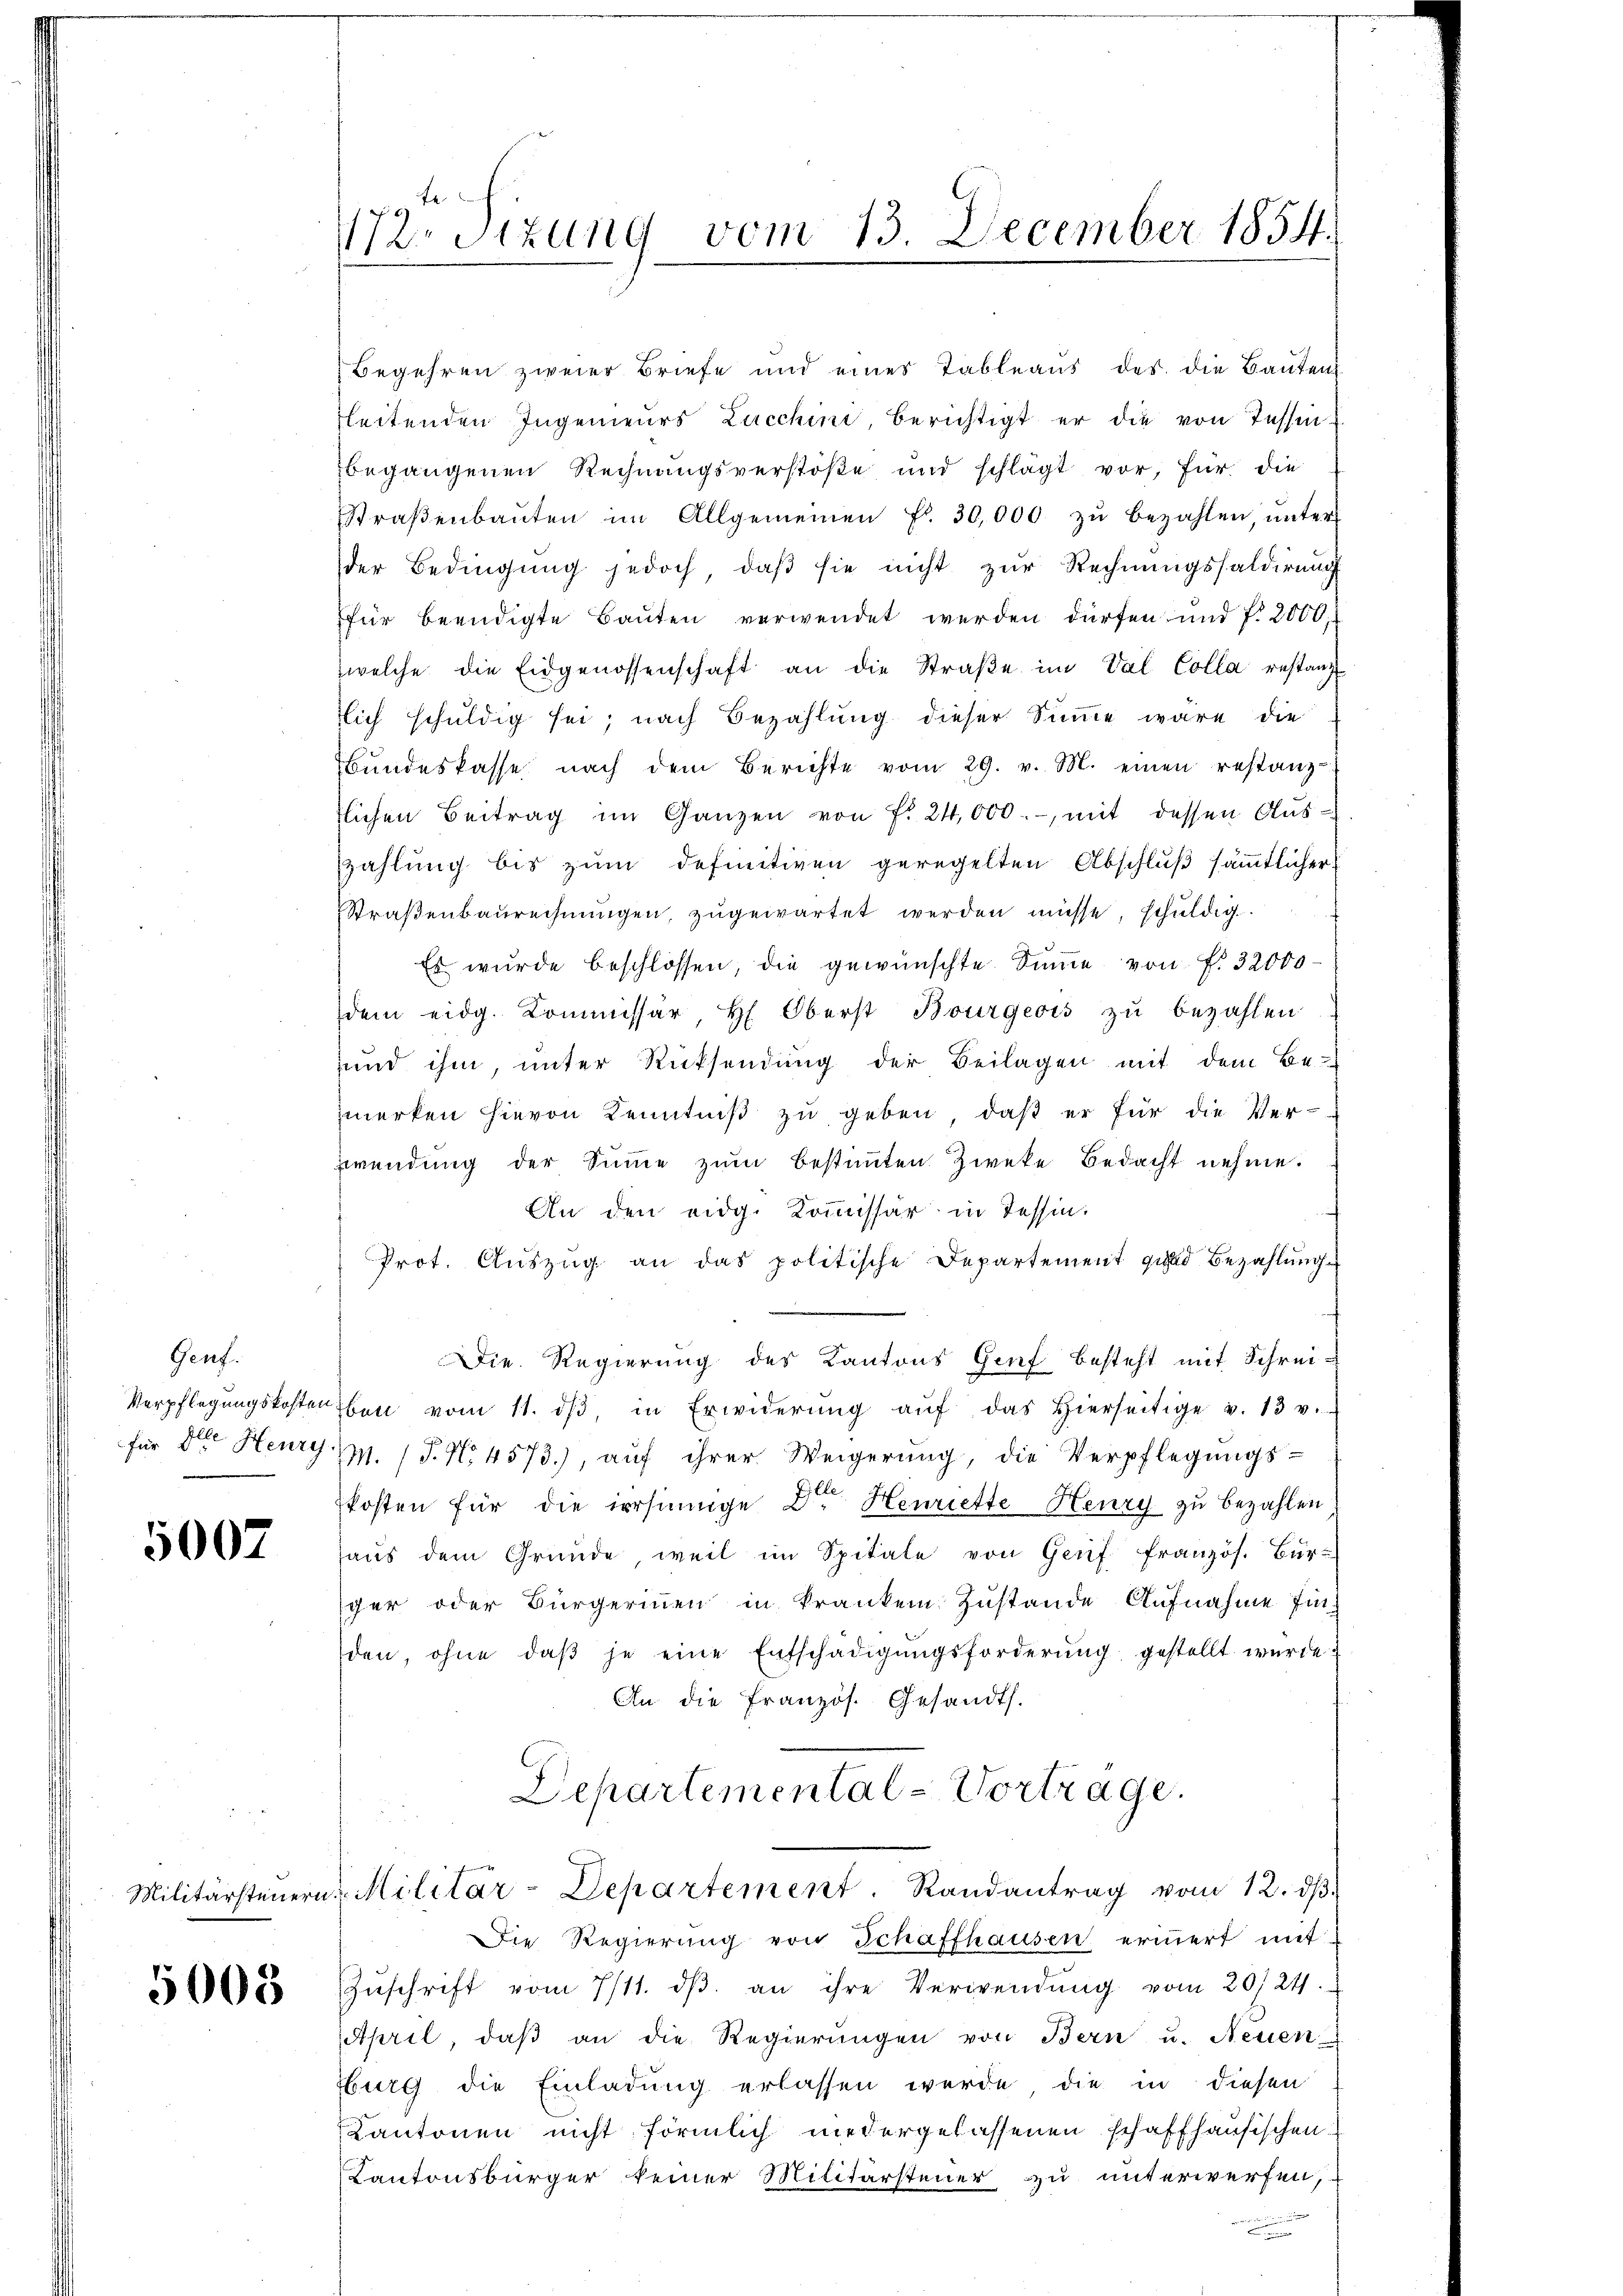
Genf.

5007

5005

72. Situng vom 13. December 1854.

Begehren zweier Briefe und eines Tableaŭs des die Baŭten
leitenden Ingenieurs Lucchini berichtigt er die von Tessin,
begangenen Rechnungsverstöße und schlägt vor, für die
Straβenbaŭten im Allgemeinen fl. 30,000 zŭ bezahlen, ŭnter
der Bedingŭng jedoch, daβ sie nicht zŭr Rechnŭngssaldirŭng
für beendigte Bauten verwendet werden dürfen und f. 2000.
welche die Eidgenossenschaft an die Straβe im Val Colla restanzt
lich schuldig sei; nach Bezahlung dieser Summe wäre die
Bŭndeskasse nach dem Berichte vom 29. v. M. einen restanz
lichen Beitrag im Ganzen von f. 24,000.-, mit dessen Auszahlung bis zum definitiven geregelten Abschluß sämmtlicher
Straßenbaurechnŭngen, zugewartet werden müsse, schuldig.
Es wurde beschlossen, die gewünschte Sŭṁe von f. 32000
dem eidg. Kommissär, H. Oberst Bourgeois zu bezahlen
und ihm, unter Rücksendung der Beilagen mit dem Be-
merken hievon Kenntniß zu geben, daß er für die Ver-
zwendung der Sinne zum Bestimmten Zweke Bedacht nehme.
An den eidg. Kommissär in Tessin.
Prot. Auszug an das politische Departement grad Bezahlung
Die Regierung des Kantons Genf besteht mit Schrei¬
Verpflegŭngskosten bei vom 11. dβ, in Erwiderŭng aŭf das hierseitige v. 13 v.
für der Heury. (T. No. 4573), aŭf ihrer Weigerŭng, die Verpflegŭngs-
kosten für die irrsinnige Dr. Henriette Heury zu bezahlen
haŭs dem Gründe, weil im Spitale von Genf französ. Bür-
ger oder Bürgerinnen in kranken Zustande Aufnahme Einden, ohne daβ je eine Entschädigŭngsforderung gestellt wurde.
An die Französ. Gesandts.
Departemental-Vortrage.
Militärsteuern Militär-Departement. Randantrag vom 12. dβ.
Die Regierung von Schaffhausen erinnert mit
Zŭschrift vom 7/11. dβ an ihre Verwendŭng vom 20./21.
April, daß an die Regierungen von Bern u. Neuen
burg die Einladung erlassen werde die in diesen
Kantonen nicht förmlich niedergelassenen schaffhausischen
Kantonsbürger keiner Militärsteuer zu unterwerfen,